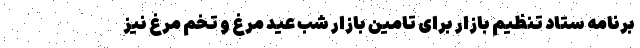
برنامه ستاد تنظیم بازار برای تامین بازار شب عید مرغ و تخم مرغ نیز